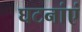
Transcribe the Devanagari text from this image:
घटनांएं